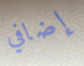
إضافي